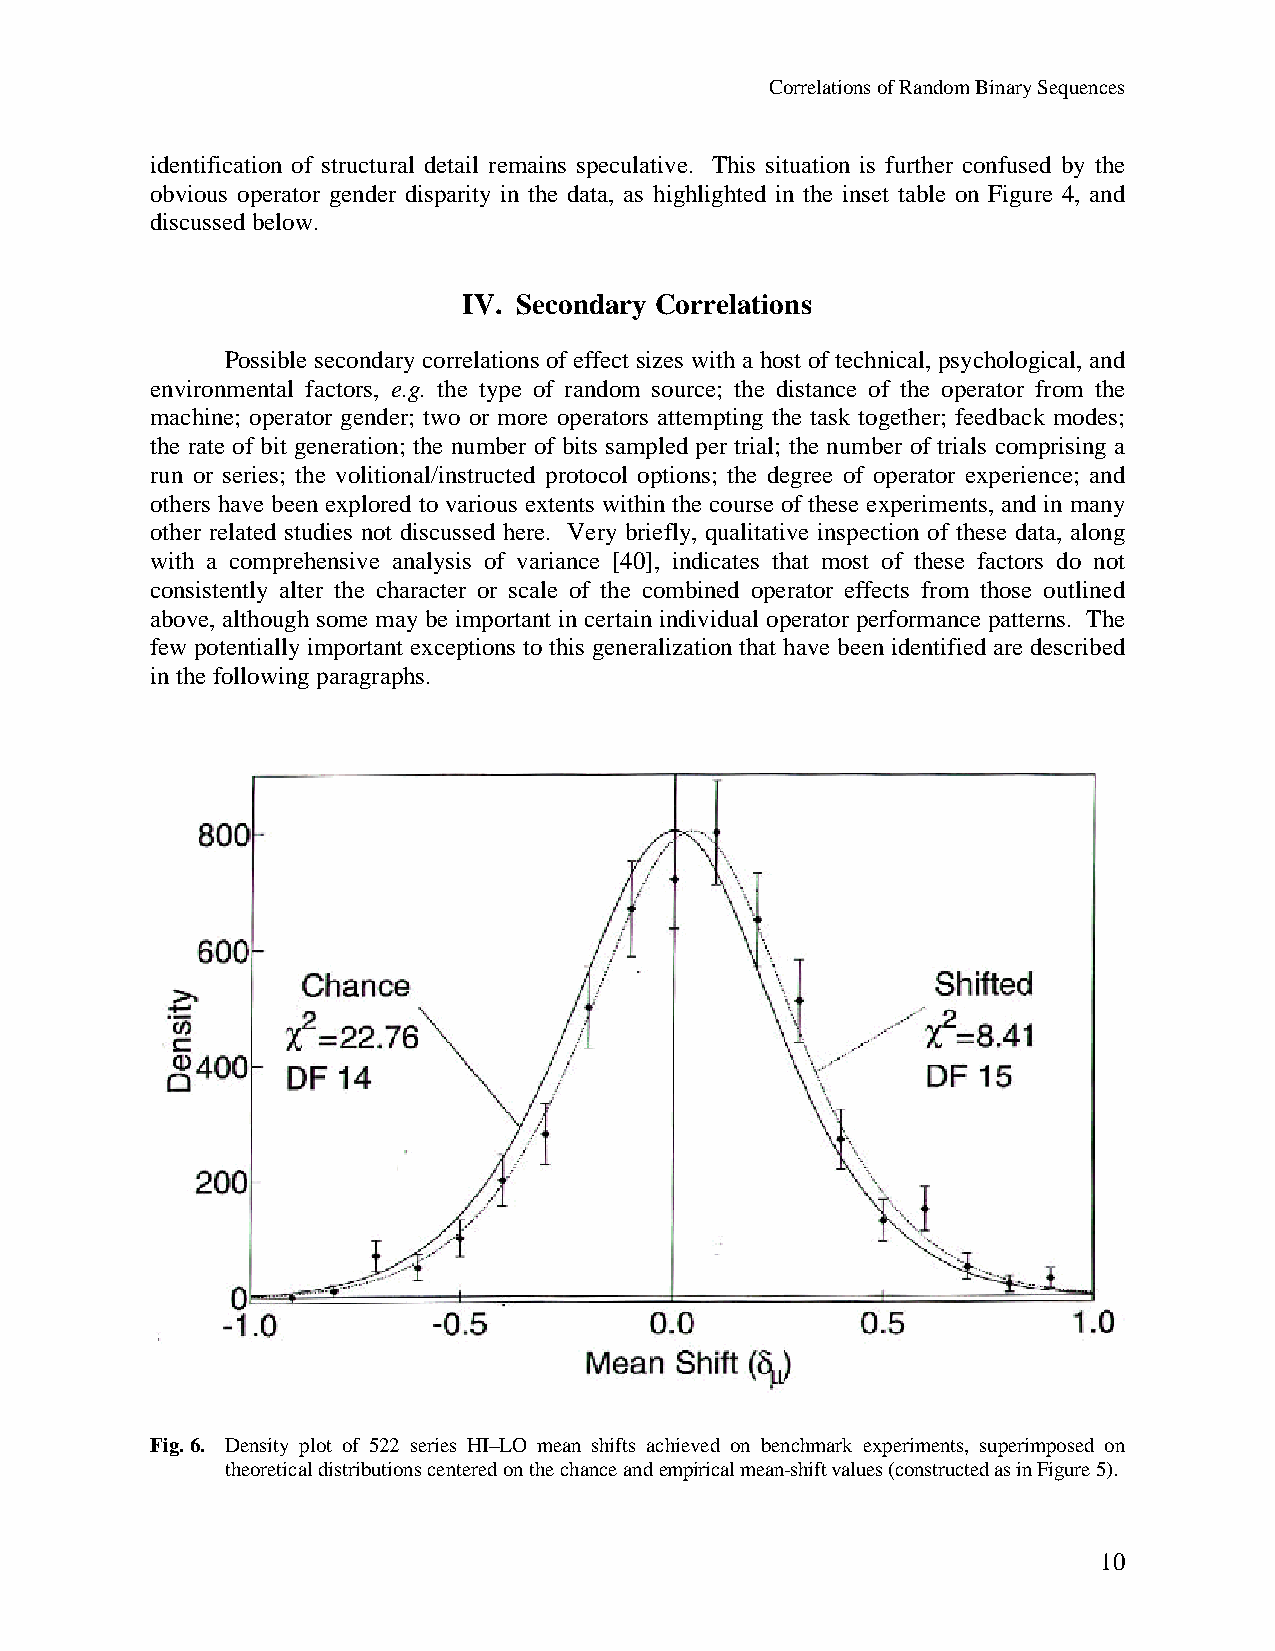
Correlations of Random Binary Sequences
 identification of structural detail remains speculative. This situation is further confused by the
 obvious operator gender disparity in the data, as highlighted in the inset table on Figure 4, and
 discussed below.
 IV. Secondary Correlations
 Possible secondary correlations of effect sizes with a host of technical, psychological, and
 environmental factors, e.g. the type of random source; the distance of the operator from the
 machine; operator gender; two or more operators attempting the task together; feedback modes;
 the rate of bit generation; the number of bits sampled per trial; the number of trials comprising a
 run or series; the volitional/instructed protocol options; the degree of operator experience; and
 others have been explored to various extents within the course of these experiments, and in many
 other related studies not discussed here. Very briefly, qualitative inspection of these data, along
 with a comprehensive analysis of variance [40], indicates that most of these factors do not
 consistently alter the character or scale of the combined operator effects from those outlined
 above, although some may be important in certain individual operator performance patterns. The
 few potentially important exceptions to this generalization that have been identified are described
 in the following paragraphs.
 Fig. 6. Density plot of 522 series HI–LO mean shifts achieved on benchmark experiments, superimposed on
 theoretical distributions centered on the chance and empirical mean-shift values (constructed as in Figure 5).
 10